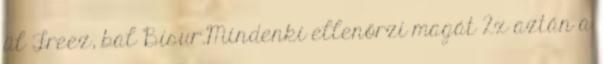
ül Freez, bal Bisur.Mindenki ellenőrzi magát 2x aztán a